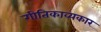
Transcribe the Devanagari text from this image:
गीतिकाव्यकार